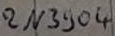
Text: 2N3904